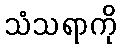
သံသရာကို